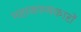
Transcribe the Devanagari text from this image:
महाकाव्यकारों